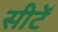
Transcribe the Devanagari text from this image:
सीटेँ